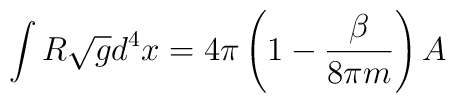
\int R\sqrt{g}d^4x=4\pi\left(1-{\beta \over 8\pi m}\right) A